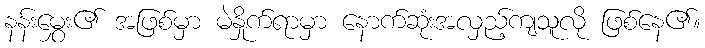
နန်းမွှေး၏ အဖြစ်မှာ မဲနှိုက်ရာမှာ နောက်ဆုံးအလှည့်ကျသူလို ဖြစ်နေ၏။